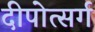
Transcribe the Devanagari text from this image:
दीपोत्सर्ग